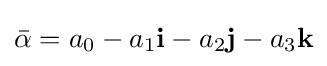
{\bar {\alpha }}=a_{0}-a_{1}\mathbf {i} -a_{2}\mathbf {j} -a_{3}\mathbf {k}